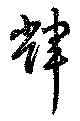
輝